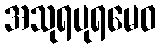
အသုရပုရမေဝ